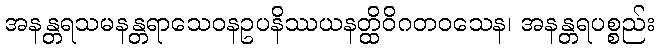
အနန္တရသမနန္တရာသေဝနဥပနိဿယနတ္ထိဝိဂတဝသေန၊ အနန္တရပစ္စည်း